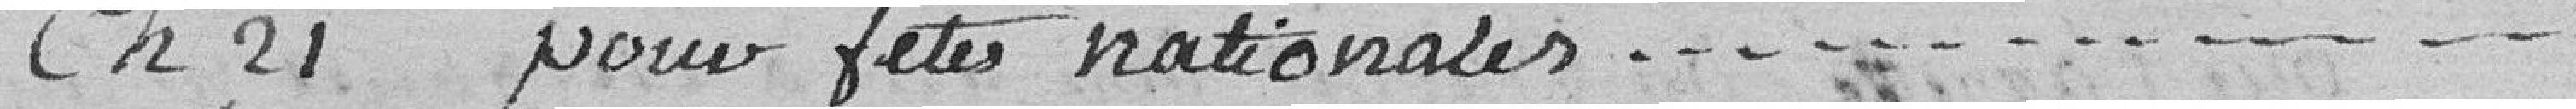
Ch. 21. : pour fêtes nationales........